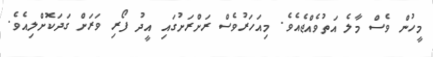
މީހުން ވެސް މާލެ އަތުވެއްޖެއެވެ. މިއަހަރުވެސް ރަށްރަށުގައި އީދު ފޯރި ވަރަށް ގަދަކޮށްލިއެވެ.